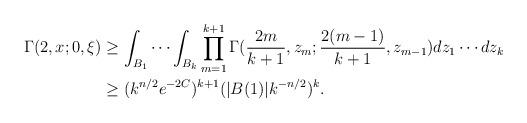
LaTeX: \begin{align*}\Gamma(2,x;0,\xi) & \geq\int_{B_{1}}\cdots\int_{B_{k}}\prod_{m=1}^{k+1}\Gamma(\frac{2m}{k+1},z_{m};\frac{2(m-1)}{k+1},z_{m-1})dz_{1}\cdots dz_{k}\\ & \geq(k^{n/2}e^{-2C})^{k+1}(\vert B(1)\vert k^{-n/2})^{k}.\end{align*}